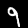
Label: 9